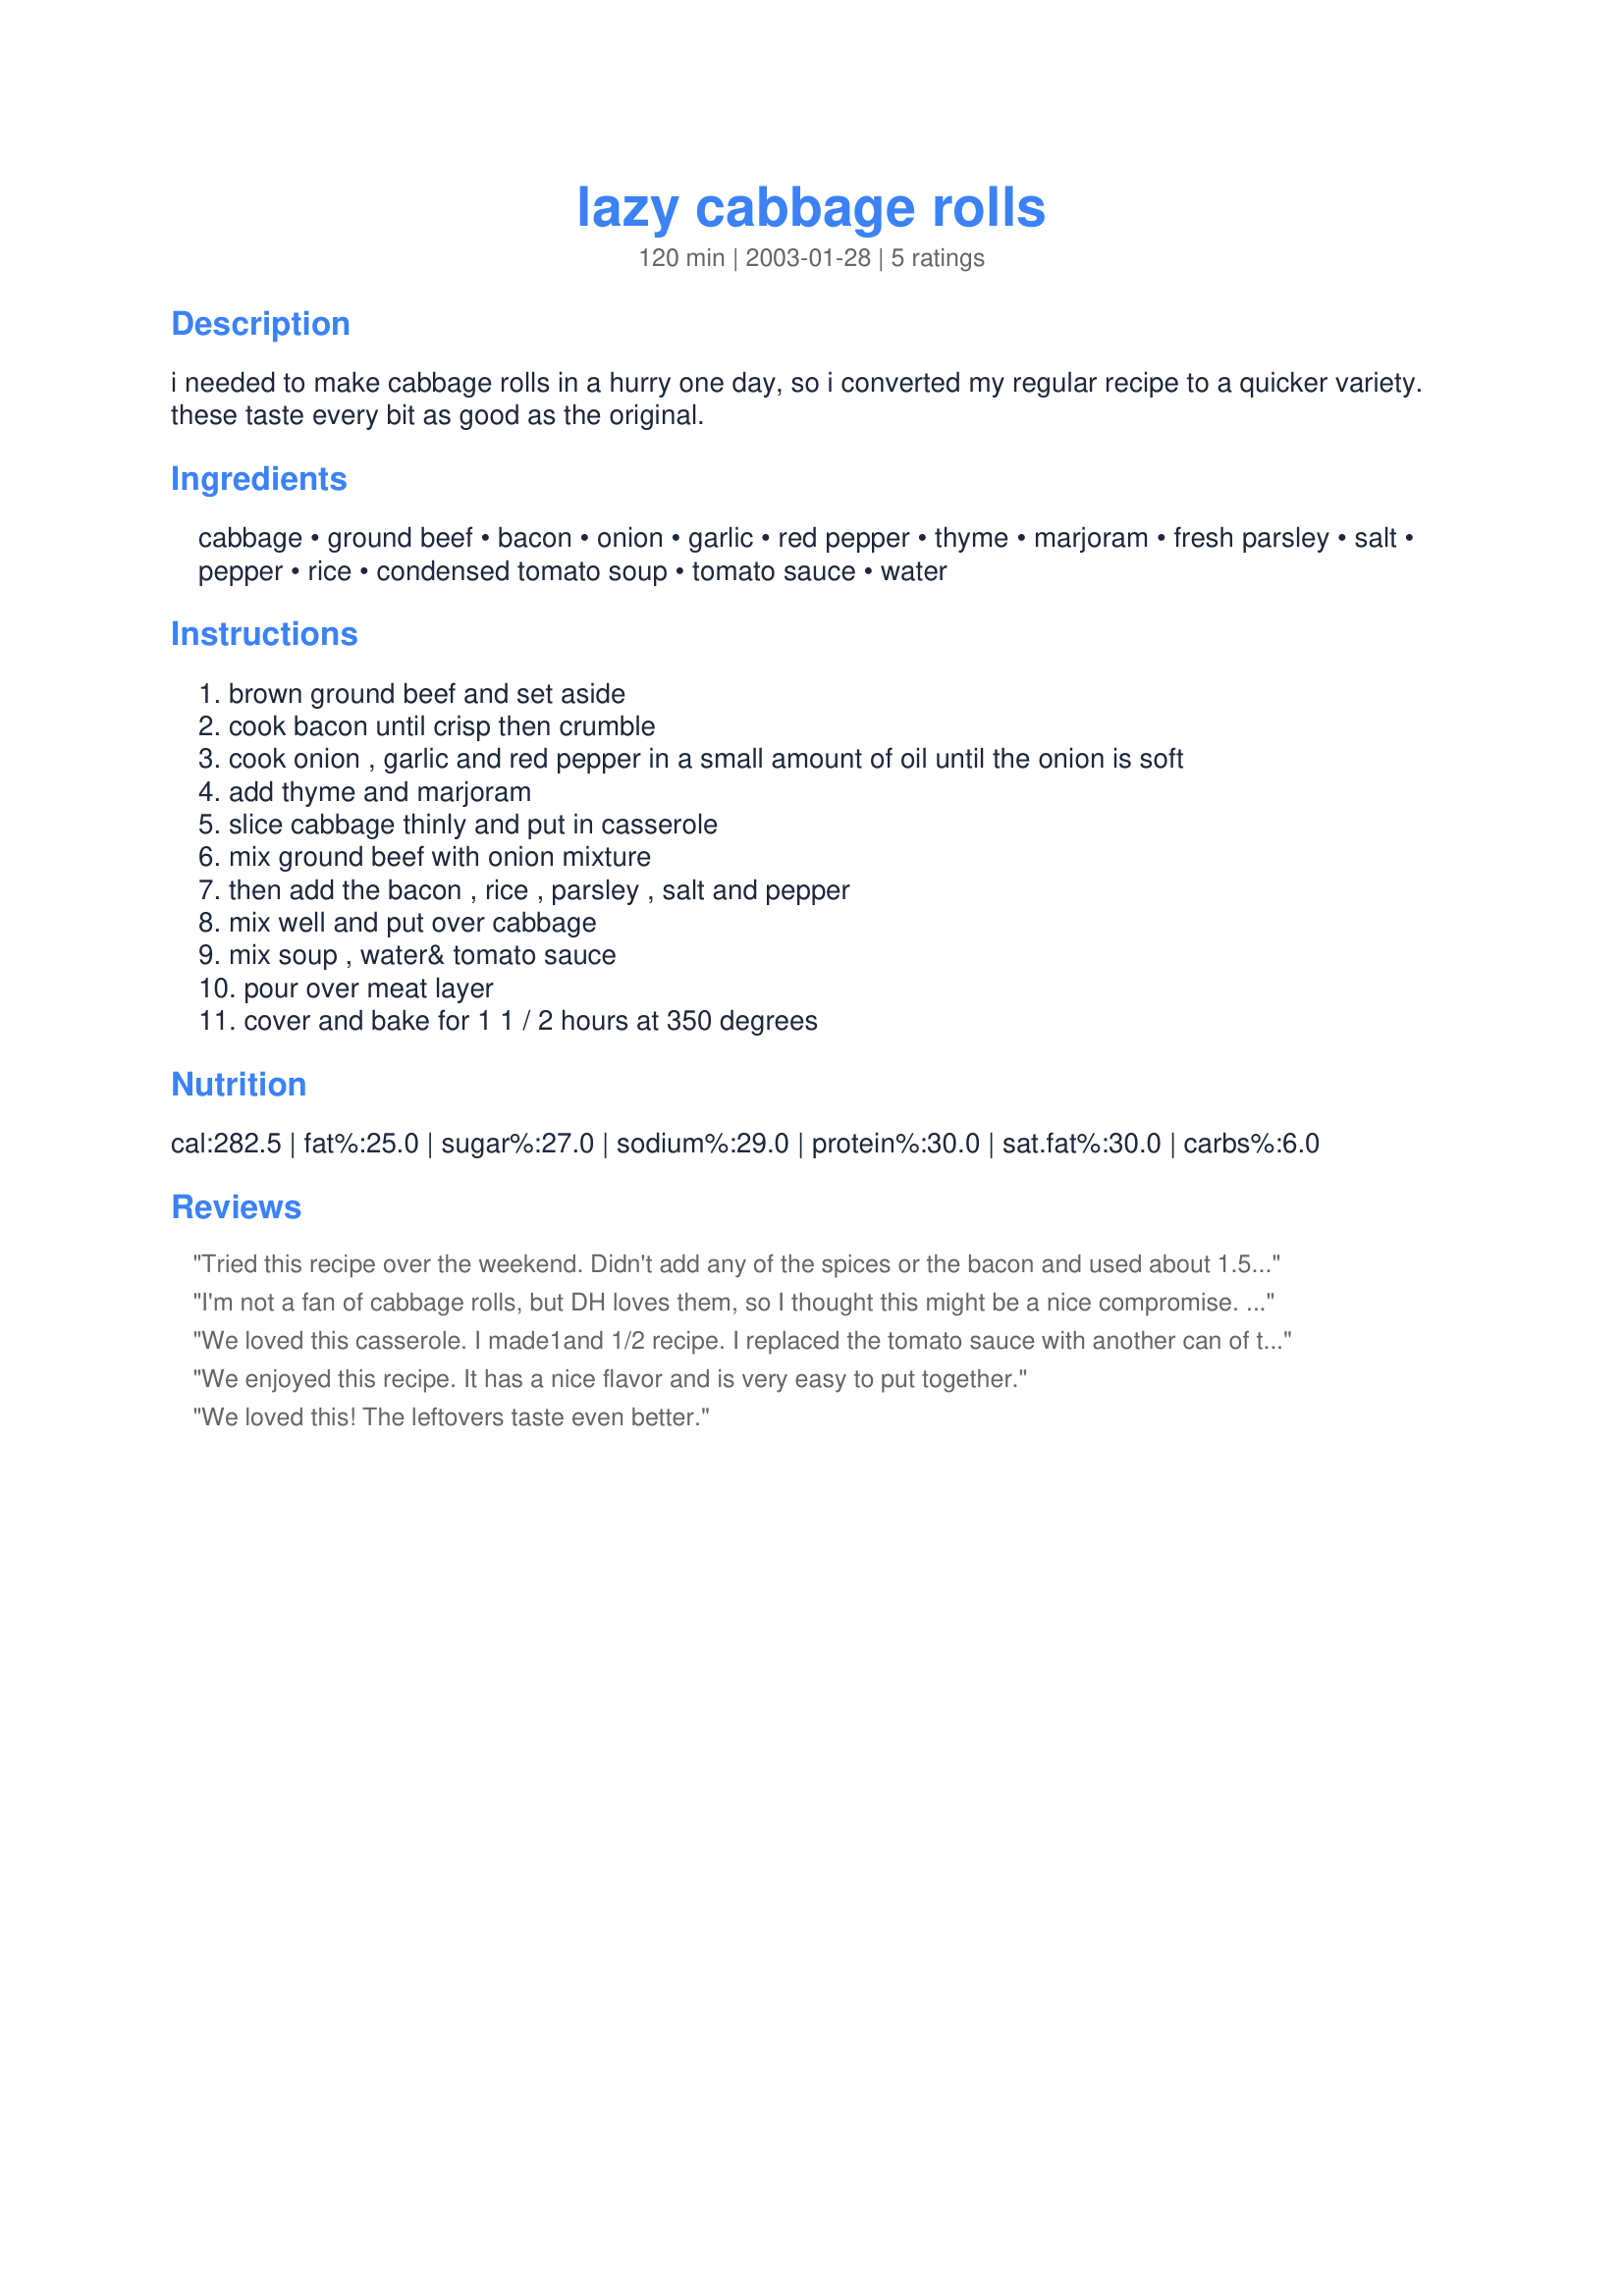
lazy cabbage rolls
Preparation time: 120 minutes

i needed to make cabbage rolls in a hurry one day, so i converted my regular recipe to a quicker variety. these taste every bit as good as the original.

Ingredients:
cabbage, ground beef, bacon, onion, garlic, red pepper, thyme, marjoram, fresh parsley, salt, pepper, rice, condensed tomato soup, tomato sauce, water

Steps:
brown ground beef and set aside
cook bacon until crisp then crumble
cook onion , garlic and red pepper in a small amount of oil until the onion is soft
add thyme and marjoram
slice cabbage thinly and put in casserole
mix ground beef with onion mixture
then add the bacon , rice , parsley , salt and pepper
mix well and put over cabbage
mix soup , water& tomato sauce
pour over meat layer
cover and bake for 1 1 / 2 hours at 350 degrees

Reviews:
Tried this recipe over the weekend. Didn't add any of the spices or the bacon and used about 1.5 lbs of ground beef and about 3/4 head of cabbage. Used one cup of minute rice. Layered by using half of ground beef first in casserole dish, then half of cabbage then beef and ending with cabbage to make layered casserole. Used larger can of tomato sauce but did add soup and water. You would never know you were eating cabbage! Lots of flavour, moist, and plentiful. Tastes great the next day too!
I'm not a fan of cabbage rolls, but DH loves them, so I thought this might be a nice compromise. I used 3 cups of pre-packaged coleslaw mix and since I didn't have instant rice, I threw everything but the coleslaw into the frying pan with the browned beef to simmer for 15 minutes. Then I baked for only half the time. Delicious! Much better than I remember cabbage rolls tasting!! DH thinks this can't replace them because they don't taste anything like his mom's either, but I'm good with the way this tastes! I will definitely be making this again.
We loved this casserole. I made1and 1/2 recipe. I replaced the tomato sauce with another can of tomato soup and precooked the rice with about 1 cup of water. I then only added 1 cup of water over the top. This then decreased the cooking time by 1/2 hour. It turned out great, rice soft and casserole full of flavor. I foresee this being on our table many more times. Super easy, super good. Thanks for sharing your recipe!
We enjoyed this recipe. It has a nice flavor and is very easy to put together.
We loved this! The leftovers taste even better.
